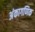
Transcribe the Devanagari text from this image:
अंकागणिक